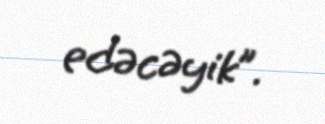
edəcəyik”.